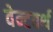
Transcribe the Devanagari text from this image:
वेन्टवर्थ